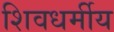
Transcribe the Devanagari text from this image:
शिवधर्मीय